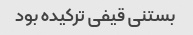
بستنی قیفی ترکیده بود